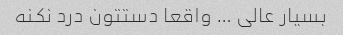
بسیار عالی … واقعا دستتون درد نکنه